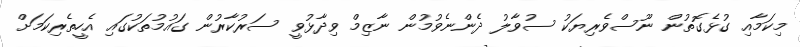
މިކަމާއި ގުޅެގޮތުން ނޫސްވެރިޔަކު ސުވާލު ދެންނެވުމުން ނާޒިމް ވިދާޅުވީ ސަރުކާރުން ގައުމުތަކުގައި އެހީތެރިކަމަށް